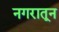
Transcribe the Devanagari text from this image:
नगरातून